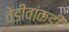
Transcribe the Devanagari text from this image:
वेडीवांकडी